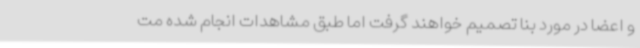
و اعضا در مورد بنا تصمیم خواهند گرفت اما طبق مشاهدات انجام شده مت